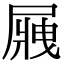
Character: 𡲿